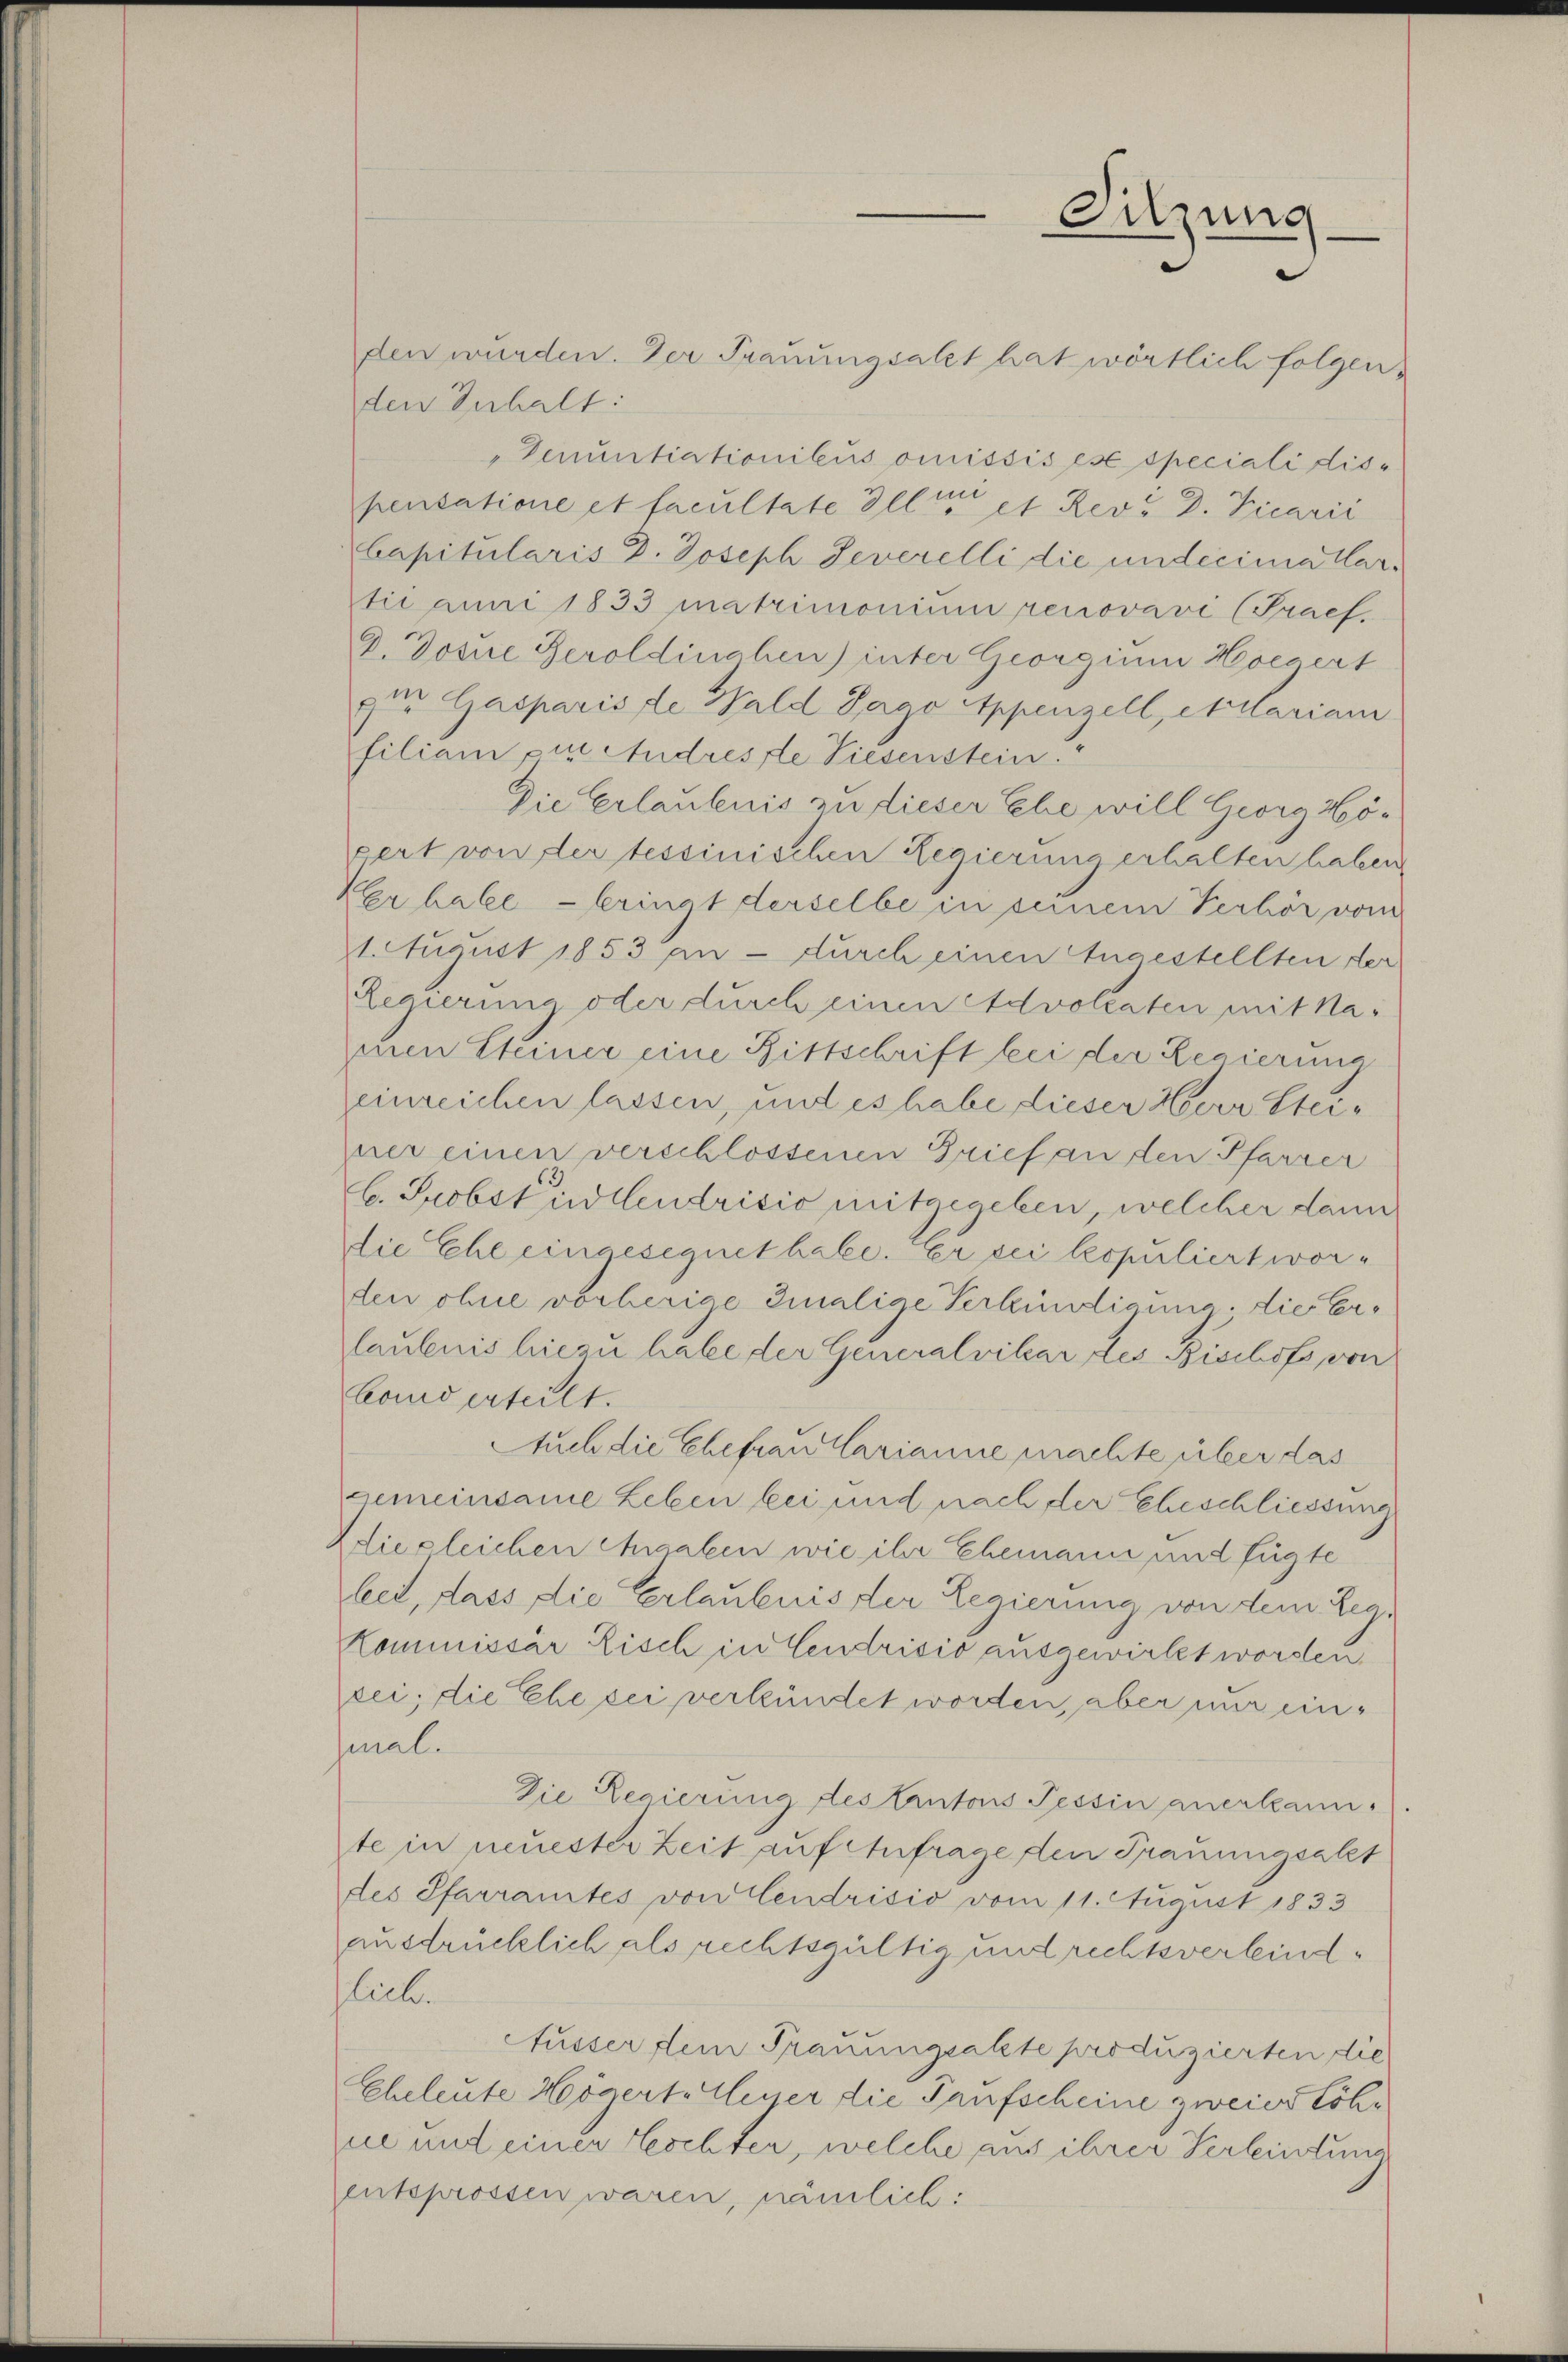
den wurden. Der Trauungsatzt hat wörtlich folgenden Inhalt:
" Denuntiationibus omissis es speciali dispensatione et facultate Illi et Revu D. Vicarii
kapitularis D. Joseph Severelli die undecima Wartie Juni 1833 matrimonium renovavi (Prach
G. Dosue Geroldinahen) inter Georgium Hoegert
zur Gasparis de Wald Gago Appenzell, exclariam
filiam pi Andresste Liesenstein.
Die Erlaubnis zu dieser Ehe will Georg Höpert von der tessinischen Regierung erhalten haben,
Erhabe - bringt derselbe in seinem Verhör vom
21. August 1853 an – durch einen Angestellten der
Regierung oder durch einen Advollaten mit Nainen Steiner eine Bittschrift bei der Regierung
einreichen lassen, und es habe dieser Herr Steiner einen verschlossenen Grief an den Pfarrer
b. Probst und endricio mitgegeben, welcher dann
die Ehe eingesegnet habe. Er sei lespuliert worden ohne vorherige Imalige Verkündigung; die Verlaubnis hiezu habe der Generalvikar des Bischofs von
band erteilt.
Auch die Ehefrau Carianne machte über das
gemeinsame Leben bei und nach der Eheschliessung
diegleichen Angaben wie ihr Ehemann und fügte
let, dass die Erlaubnis der Regierung von dem Leg.
Kommissär Zisch in Cendrisis ausgewirkt worden
zei; die Ehe sei verkündet worden, aber nur ein-
mal.
Die Regierung des tantons Tessin anerkann.
te in neuester Zeit auf Anfrage den Trauungsakt
des Pfarramtes von Cendrisis vom 11. August 1833
ausdrücklich als rechtsgültig und rechtsverbindlich.
Äusser dem Trauungsakte produzierten die
Eheleute Högert Gener die Taufscheine zweier Löhne und einer Eschter, welche aus ihrer Verleitung
entsprossen waren, nämlich:

Sitzung